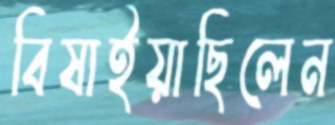
বিষাইয়াছিলেন